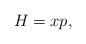
LaTeX: \begin{align*}H=xp,\end{align*}